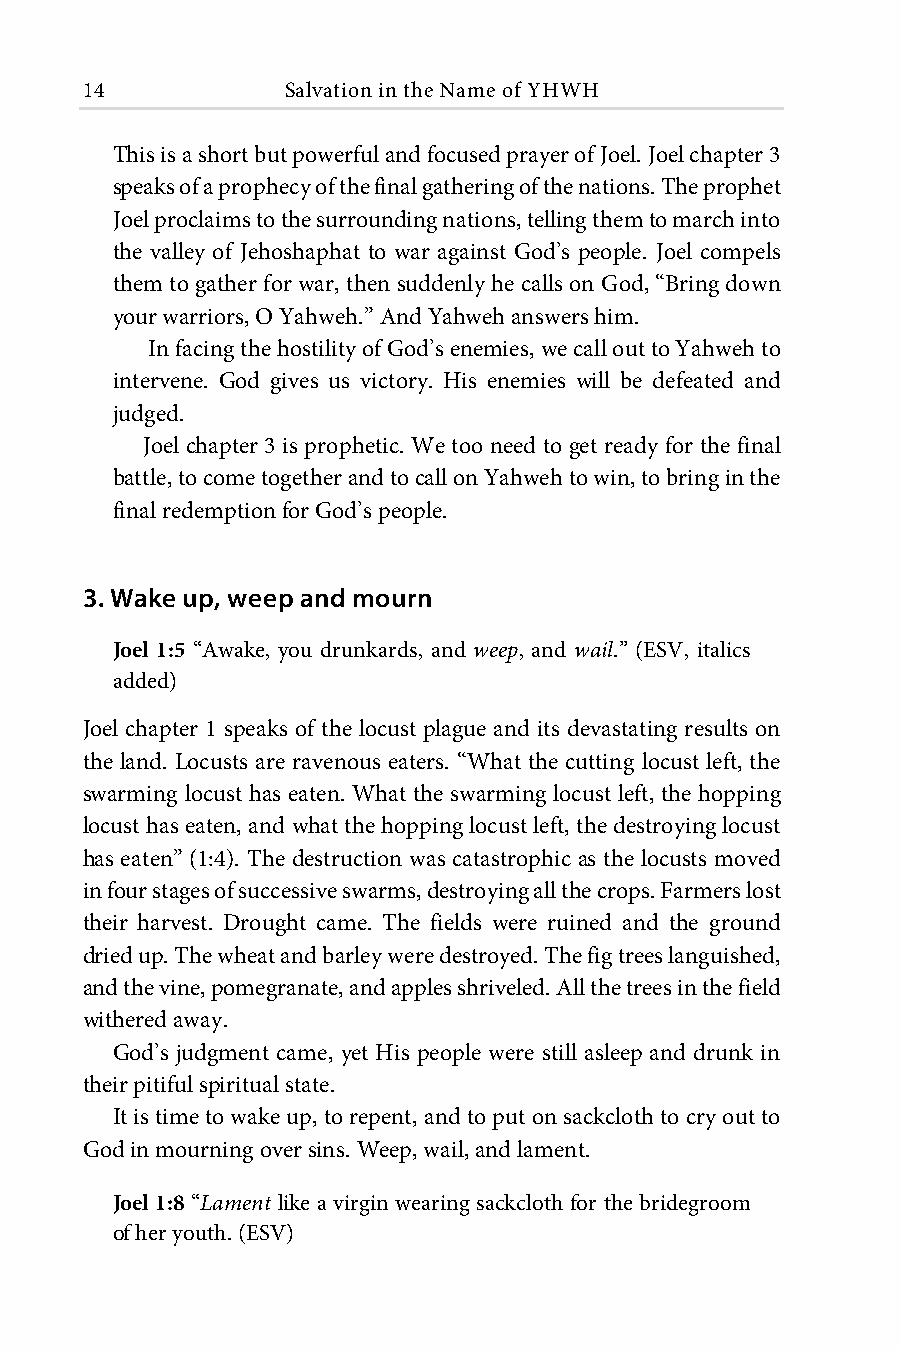
14            Salvation in the Name of YHWH
 This is a short but powerful and focused prayer of Joel. Joel chapter 3
 speaks of a prophecy of the final gathering of the nations. The prophet
 Joel proclaims to the surrounding nations, telling them to march into
 the valley of Jehoshaphat to war against God’s people. Joel compels
 them to gather for war, then suddenly he calls on God, “Bring down
 your warriors, O Yahweh.” And Yahweh answers him.
 In facing the hostility of God’s enemies, we call out to Yahweh to
 intervene. God gives us victory. His enemies will be defeated and
 judged.
 Joel chapter 3 is prophetic. We too need to get ready for the final
 battle, to come together and to call on Yahweh to win, to bring in the
 final redemption for God’s people.
 3. Wake up, weep and mourn
 Joel 1:5 “Awake, you drunkards, and weep, and wail.” (ESV, italics
 added)
 Joel chapter 1 speaks of the locust plague and its devastating results on
 the land. Locusts are ravenous eaters. “What the cutting locust left, the
 swarming locust has eaten. What the swarming locust left, the hopping
 locust has eaten, and what the hopping locust left, the destroying locust
 has eaten” (1:4). The destruction was catastrophic as the locusts moved
 in four stages of successive swarms, destroying all the crops. Farmers lost
 their harvest. Drought came. The fields were ruined and the ground
 dried up. The wheat and barley were destroyed. The fig trees languished,
 and the vine, pomegranate, and apples shriveled. All the trees in the field
 withered away.
 God’s judgment came, yet His people were still asleep and drunk in
 their pitiful spiritual state.
 It is time to wake up, to repent, and to put on sackcloth to cry out to
 God in mourning over sins. Weep, wail, and lament.
 Joel 1:8 “Lament like a virgin wearing sackcloth for the bridegroom
 of her youth. (ESV)